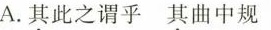
A.其此之谓乎其曲中规